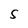
Character: S